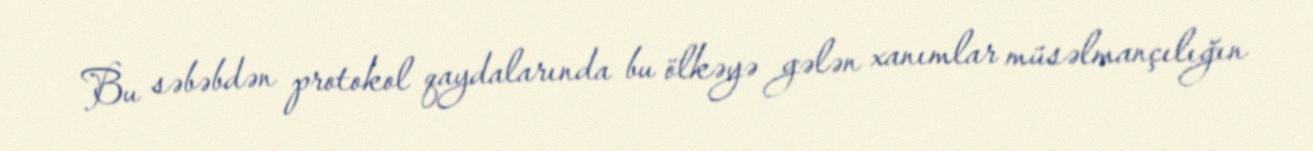
Bu səbəbdən protokol qaydalarında bu ölkəyə gələn xanımlar müsəlmançılığın